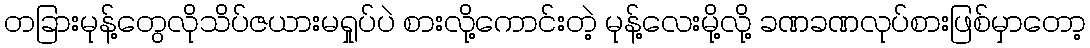
တခြားမုန့်တွေလိုသိပ်ဇယားမရှုပ်ပဲ စားလို့ကောင်းတဲ့ မုန့်လေးမို့လို့ ခဏခဏလုပ်စားဖြစ်မှာတော့